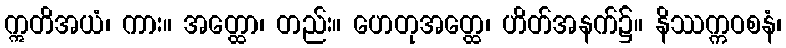
ဣတိအယံ၊ ကား။ အတ္ထော၊ တည်း။ ဟေတုအတ္ထေ၊ ဟိတ်အနက်၌။ နိဿက္ကဝစနံ၊